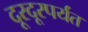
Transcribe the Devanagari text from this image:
दूरदूरपर्यंत